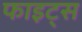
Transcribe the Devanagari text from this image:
फाइट्स